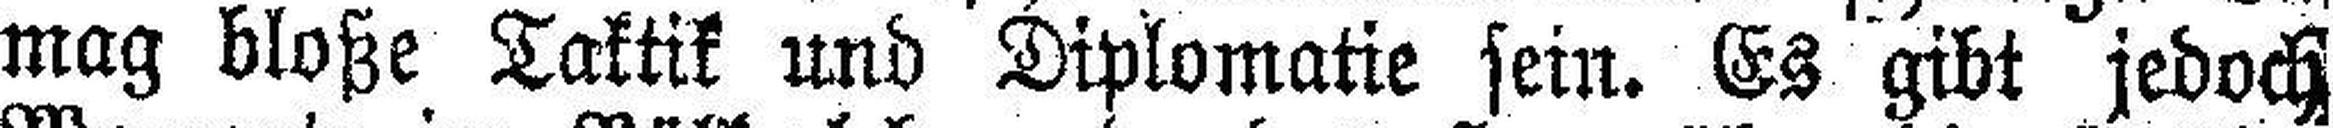
mag bloße Taktik und Diplomatie sein. Es gibt jedoch